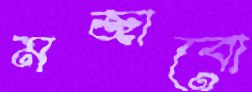
মজাবো